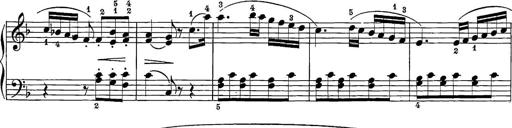
Title: 12 Sonatine per Pianoforte
Composer: Friedrich Kuhlau